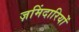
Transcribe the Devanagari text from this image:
ज़मिंदारियों